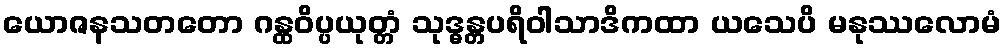
ယောဇနသတတော ဂန္ထဝိပ္ပယုတ္တံ သုဒ္ဓန္တပရိဝါသာဒိကထာ ယသေပိ မနုဿလောမံ